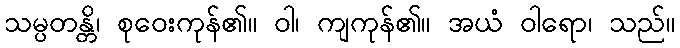
သမ္ပတန္တိ၊ စုဝေးကုန်၏။ ဝါ၊ ကျကုန်၏။ အယံ ဝါရော၊ သည်။